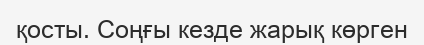
қосты. Соңғы кезде жарық көрген